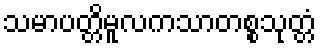
သမာပတ္တိမူလကသာတစ္စသုတ္တံ